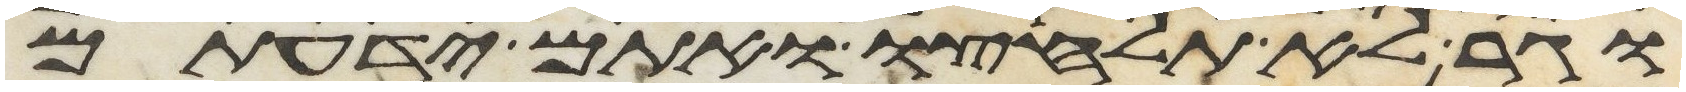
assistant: וגר לא תלחצו ואתם ידעתם